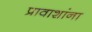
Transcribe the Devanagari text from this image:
प्रावाशांना